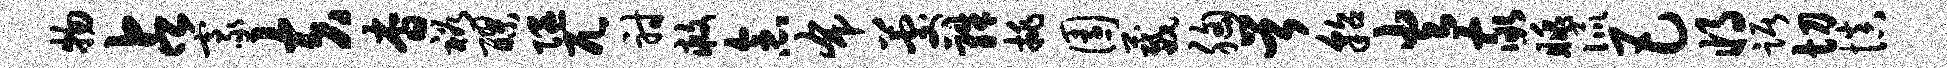
物占豪夫杳裕醪隰兀射救念布晷殊挑园葳胸首貂火家眺侃巴将踞切慎